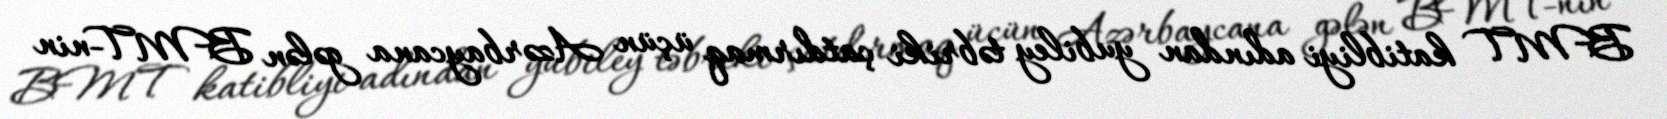
BMT katibliyi adından yubiley təbriki çatdırmaq üçün Azərbaycana gələn BMT-nin